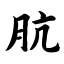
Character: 肮